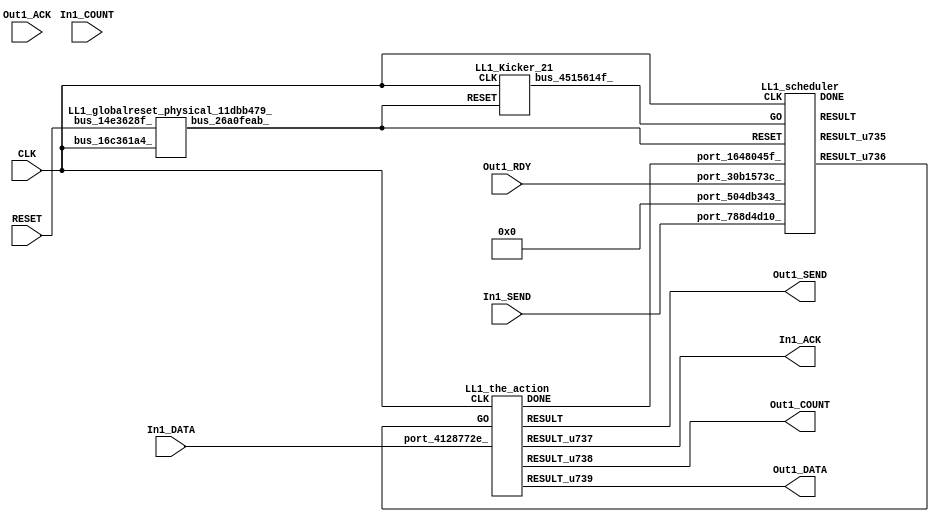
// __  ___ __ ___  _ __   ___  ___ 
// \ \/ / '__/ _ \| '_ \ / _ \/ __|
//  >  <| | | (_) | | | | (_) \__ \
// /_/\_\_|  \___/|_| |_|\___/|___/
// 
// Xronos synthesizer version
// Run date: Thu 2 Nov 2017 13:58:31 +0000
// 

module LL1(In1_SEND, Out1_COUNT, Out1_DATA, Out1_RDY, Out1_SEND, In1_ACK, In1_COUNT, Out1_ACK, CLK, In1_DATA, RESET);
input		In1_SEND;
output	[15:0]	Out1_COUNT;
output	[15:0]	Out1_DATA;
wire		the_action_go;
input		Out1_RDY;
output		Out1_SEND;
output		In1_ACK;
input	[15:0]	In1_COUNT;
input		Out1_ACK;
input		CLK;
input	[15:0]	In1_DATA;
input		RESET;
wire		the_action_done;
wire		bus_26a0feab_;
wire	[31:0]	bus_261d4df0_;
wire		LL1_scheduler_instance_DONE;
wire	[31:0]	scheduler_u84;
wire		scheduler_u85;
wire		scheduler;
wire		bus_3e823f81_;
wire		LL1_the_action_instance_DONE;
wire	[15:0]	the_action_u34;
wire		the_action_u33;
wire	[15:0]	the_action_u35;
wire		the_action;
wire		bus_4515614f_;
assign Out1_COUNT=the_action_u34;
assign Out1_DATA=the_action_u35;
assign the_action_go=scheduler_u85;
assign Out1_SEND=the_action;
assign In1_ACK=the_action_u33;
assign the_action_done=bus_3e823f81_;
LL1_globalreset_physical_11dbb479_ LL1_globalreset_physical_11dbb479__1(.bus_16c361a4_(CLK), 
  .bus_14e3628f_(RESET), .bus_26a0feab_(bus_26a0feab_));
LL1_stateVar_fsmState_LL1 LL1_stateVar_fsmState_LL1_1(.bus_20b258e3_(CLK), .bus_64743e71_(bus_26a0feab_), 
  .bus_611e2018_(scheduler), .bus_161b2234_(32'h0), .bus_261d4df0_(bus_261d4df0_));
LL1_scheduler LL1_scheduler_instance(.CLK(CLK), .RESET(bus_26a0feab_), .GO(bus_4515614f_), 
  .port_504db343_(32'h0), .port_30b1573c_(Out1_RDY), .port_788d4d10_(In1_SEND), 
  .port_1648045f_(the_action_done), .DONE(LL1_scheduler_instance_DONE), .RESULT(scheduler), 
  .RESULT_u735(scheduler_u84), .RESULT_u736(scheduler_u85));
assign bus_3e823f81_=LL1_the_action_instance_DONE&{1{LL1_the_action_instance_DONE}};
LL1_the_action LL1_the_action_instance(.CLK(CLK), .GO(the_action_go), .port_4128772e_(In1_DATA), 
  .DONE(LL1_the_action_instance_DONE), .RESULT(the_action), .RESULT_u737(the_action_u33), 
  .RESULT_u738(the_action_u34), .RESULT_u739(the_action_u35));
LL1_Kicker_21 LL1_Kicker_21_1(.CLK(CLK), .RESET(bus_26a0feab_), .bus_4515614f_(bus_4515614f_));
endmodule



module LL1_globalreset_physical_11dbb479_(bus_16c361a4_, bus_14e3628f_, bus_26a0feab_);
input		bus_16c361a4_;
input		bus_14e3628f_;
output		bus_26a0feab_;
reg		glitch_u17=1'h0;
wire		or_4b71c1e3_u0;
wire		not_751330e0_u0;
reg		final_u17=1'h1;
reg		cross_u17=1'h0;
reg		sample_u17=1'h0;
wire		and_410e9eb2_u0;
always @(posedge bus_16c361a4_)
begin
glitch_u17<=cross_u17;
end
assign bus_26a0feab_=or_4b71c1e3_u0;
assign or_4b71c1e3_u0=bus_14e3628f_|final_u17;
assign not_751330e0_u0=~and_410e9eb2_u0;
always @(posedge bus_16c361a4_)
begin
final_u17<=not_751330e0_u0;
end
always @(posedge bus_16c361a4_)
begin
cross_u17<=sample_u17;
end
always @(posedge bus_16c361a4_)
begin
sample_u17<=1'h1;
end
assign and_410e9eb2_u0=cross_u17&glitch_u17;
endmodule



module LL1_endianswapper_324b4b49_(endianswapper_324b4b49_in, endianswapper_324b4b49_out);
input	[31:0]	endianswapper_324b4b49_in;
output	[31:0]	endianswapper_324b4b49_out;
assign endianswapper_324b4b49_out=32'h0;
endmodule



module LL1_endianswapper_2b8c8441_(endianswapper_2b8c8441_in, endianswapper_2b8c8441_out);
input	[31:0]	endianswapper_2b8c8441_in;
output	[31:0]	endianswapper_2b8c8441_out;
assign endianswapper_2b8c8441_out=32'h0;
endmodule



module LL1_stateVar_fsmState_LL1(bus_20b258e3_, bus_64743e71_, bus_611e2018_, bus_161b2234_, bus_261d4df0_);
input		bus_20b258e3_;
input		bus_64743e71_;
input		bus_611e2018_;
input	[31:0]	bus_161b2234_;
output	[31:0]	bus_261d4df0_;
wire	[31:0]	endianswapper_324b4b49_out;
wire	[31:0]	endianswapper_2b8c8441_out;
LL1_endianswapper_324b4b49_ LL1_endianswapper_324b4b49__1(.endianswapper_324b4b49_in(32'h0), 
  .endianswapper_324b4b49_out(endianswapper_324b4b49_out));
assign bus_261d4df0_=32'h0;
LL1_endianswapper_2b8c8441_ LL1_endianswapper_2b8c8441__1(.endianswapper_2b8c8441_in(32'h0), 
  .endianswapper_2b8c8441_out(endianswapper_2b8c8441_out));
endmodule



module LL1_scheduler(CLK, RESET, GO, port_504db343_, port_30b1573c_, port_788d4d10_, port_1648045f_, RESULT, RESULT_u735, RESULT_u736, DONE);
input		CLK;
input		RESET;
input		GO;
input	[31:0]	port_504db343_;
input		port_30b1573c_;
input		port_788d4d10_;
input		port_1648045f_;
output		RESULT;
output	[31:0]	RESULT_u735;
output		RESULT_u736;
output		DONE;
reg		reg_35fef83e_u0=1'h0;
wire		and_u1300_u0;
wire signed	[31:0]	equals_b_signed;
wire		equals;
wire signed	[31:0]	equals_a_signed;
wire		and_u1301_u0;
wire		and_u1302_u0;
wire		not_u249_u0;
wire		not_u250_u0;
wire		and_u1303_u0;
wire		and_u1304_u0;
wire		and_u1305_u0;
wire		not_u251_u0;
wire		and_u1306_u0;
wire		simplePinWrite;
wire		and_u1307_u0;
wire		and_u1308_u0;
wire		and_u1309_u0;
wire		or_u342_u0;
reg		reg_21215525_u0=1'h0;
reg		reg_21215525_result_delayed_u0=1'h0;
wire		or_u343_u0;
always @(posedge CLK or posedge RESET)
begin
if (RESET)
reg_35fef83e_u0<=1'h0;
else reg_35fef83e_u0<=and_u1300_u0;
end
assign and_u1300_u0=or_u342_u0&or_u342_u0;
assign equals_a_signed=32'h0;
assign equals_b_signed=32'h0;
assign equals=equals_a_signed==equals_b_signed;
assign and_u1301_u0=and_u1300_u0&equals;
assign and_u1302_u0=and_u1300_u0&not_u249_u0;
assign not_u249_u0=~equals;
assign not_u250_u0=~port_788d4d10_;
assign and_u1303_u0=and_u1309_u0&port_788d4d10_;
assign and_u1304_u0=and_u1309_u0&not_u250_u0;
assign and_u1305_u0=and_u1308_u0&port_30b1573c_;
assign not_u251_u0=~port_30b1573c_;
assign and_u1306_u0=and_u1308_u0&not_u251_u0;
assign simplePinWrite=and_u1307_u0&{1{and_u1307_u0}};
assign and_u1307_u0=and_u1305_u0&and_u1308_u0;
assign and_u1308_u0=and_u1303_u0&and_u1309_u0;
assign and_u1309_u0=and_u1301_u0&and_u1300_u0;
assign or_u342_u0=reg_21215525_result_delayed_u0|reg_35fef83e_u0;
always @(posedge CLK or posedge RESET)
begin
if (RESET)
reg_21215525_u0<=1'h0;
else reg_21215525_u0<=GO;
end
always @(posedge CLK or posedge RESET)
begin
if (RESET)
reg_21215525_result_delayed_u0<=1'h0;
else reg_21215525_result_delayed_u0<=reg_21215525_u0;
end
assign or_u343_u0=GO|and_u1307_u0;
assign RESULT=or_u343_u0;
assign RESULT_u735=32'h0;
assign RESULT_u736=simplePinWrite;
assign DONE=1'h0;
endmodule



module LL1_the_action(CLK, GO, port_4128772e_, RESULT, RESULT_u737, RESULT_u738, RESULT_u739, DONE);
input		CLK;
input		GO;
input	[15:0]	port_4128772e_;
output		RESULT;
output		RESULT_u737;
output	[15:0]	RESULT_u738;
output	[15:0]	RESULT_u739;
output		DONE;
wire		simplePinWrite;
wire	[15:0]	simplePinWrite_u209;
wire		simplePinWrite_u210;
wire	[15:0]	simplePinWrite_u211;
assign simplePinWrite=GO&{1{GO}};
assign simplePinWrite_u209=port_4128772e_;
assign simplePinWrite_u210=GO&{1{GO}};
assign simplePinWrite_u211=16'h1&{16{1'h1}};
assign RESULT=simplePinWrite_u210;
assign RESULT_u737=simplePinWrite;
assign RESULT_u738=simplePinWrite_u211;
assign RESULT_u739=simplePinWrite_u209;
assign DONE=GO;
endmodule



module LL1_Kicker_21(CLK, RESET, bus_4515614f_);
input		CLK;
input		RESET;
output		bus_4515614f_;
wire		bus_6eebb29f_;
wire		bus_7a12f41a_;
wire		bus_737eef6d_;
reg		kicker_res=1'h0;
reg		kicker_2=1'h0;
wire		bus_21e1a594_;
reg		kicker_1=1'h0;
assign bus_6eebb29f_=bus_21e1a594_&kicker_1;
assign bus_7a12f41a_=kicker_1&bus_21e1a594_&bus_737eef6d_;
assign bus_737eef6d_=~kicker_2;
always @(posedge CLK)
begin
kicker_res<=bus_7a12f41a_;
end
assign bus_4515614f_=kicker_res;
always @(posedge CLK)
begin
kicker_2<=bus_6eebb29f_;
end
assign bus_21e1a594_=~RESET;
always @(posedge CLK)
begin
kicker_1<=bus_21e1a594_;
end
endmodule